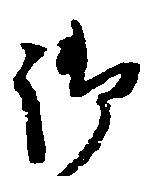
御